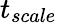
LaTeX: t_{scale}